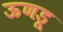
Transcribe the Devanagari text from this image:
ऊणडू